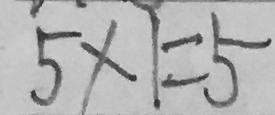
5 \times 1 = 5